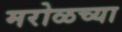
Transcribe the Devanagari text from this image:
मरोळच्या